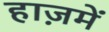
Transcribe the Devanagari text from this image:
हाज़में